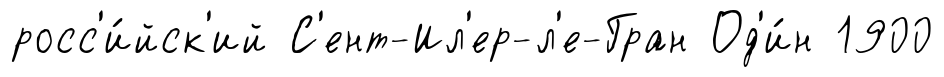
росс'и́йск'ий С'ент-Ил'ер-л'е-Гран Од'и́н 1900